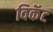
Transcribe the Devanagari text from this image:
विकॅट